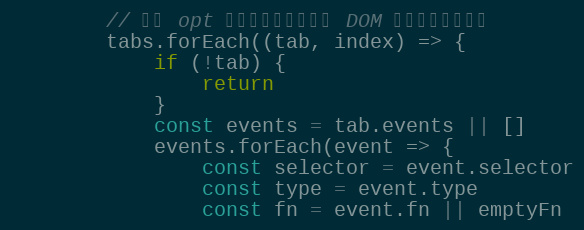
Language: JavaScript
        // 绑定 opt 的事件，只有添加到 DOM 之后才能绑定成功
        tabs.forEach((tab, index) => {
            if (!tab) {
                return
            }
            const events = tab.events || []
            events.forEach(event => {
                const selector = event.selector
                const type = event.type
                const fn = event.fn || emptyFn